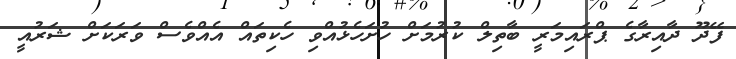
ފޭދޫ ދާއިރާގެ ޕްރައިމަަރީ ބާތިލް ކުރުމަށް ހުށަހެޅުއްވި ހެކިތައް އެއްވެސް ވަރަކަށް ޝަރުއީ